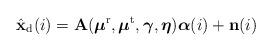
LaTeX: \begin{align*}\hat{\mathbf{x}}_{\mathrm{d}}(i)=\mathbf{A}(\boldsymbol{\mu}^{\mathrm{r}},\boldsymbol{\mu}^{\mathrm{t}},\boldsymbol{\gamma},\boldsymbol{\eta})\boldsymbol{\alpha}(i)+\mathbf{n}(i)\end{align*}